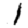
Digit: 1